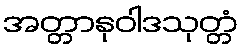
အတ္တာနုဝါဒသုတ္တံ